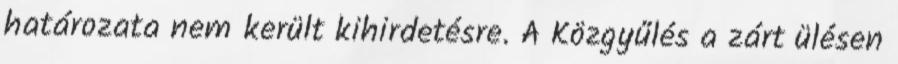
határozata nem került kihirdetésre. A Közgyűlés a zárt ülésen